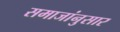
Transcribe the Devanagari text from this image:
समाजांनुसार